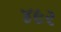
૪૯૨